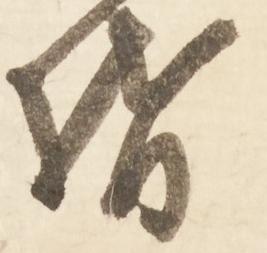
督